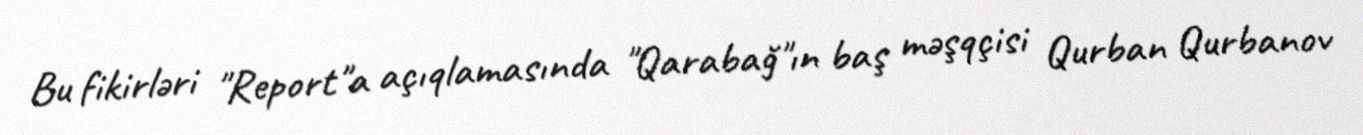
Bu fikirləri "Report"a açıqlamasında "Qarabağ"ın baş məşqçisi Qurban Qurbanov